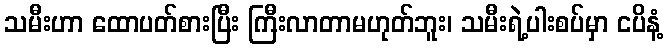
သမီးဟာ ထောပတ်စားပြီး ကြီးလာတာမဟုတ်ဘူး၊ သမီးရဲ့ပါးစပ်မှာ ငပိနံ့